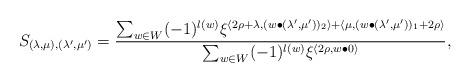
LaTeX: \begin{align*} S_{(\lambda,\mu),(\lambda',\mu')} = \frac{\sum_{w\in W}(-1)^{l(w)} \xi^{\langle 2\rho+\lambda,(w\bullet(\lambda',\mu'))_2\rangle + \langle\mu,(w\bullet(\lambda',\mu'))_1+2\rho\rangle}} {\sum_{w\in W}(-1)^{l(w)} \xi^{\langle 2\rho,w\bullet 0\rangle}},\end{align*}